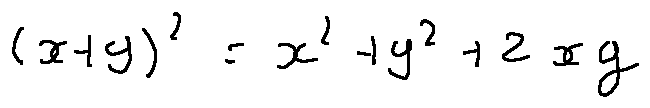
( x + y ) ^ { 2 } = x ^ { 2 } + y ^ { 2 } + 2 x y